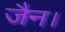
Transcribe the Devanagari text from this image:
जैन।